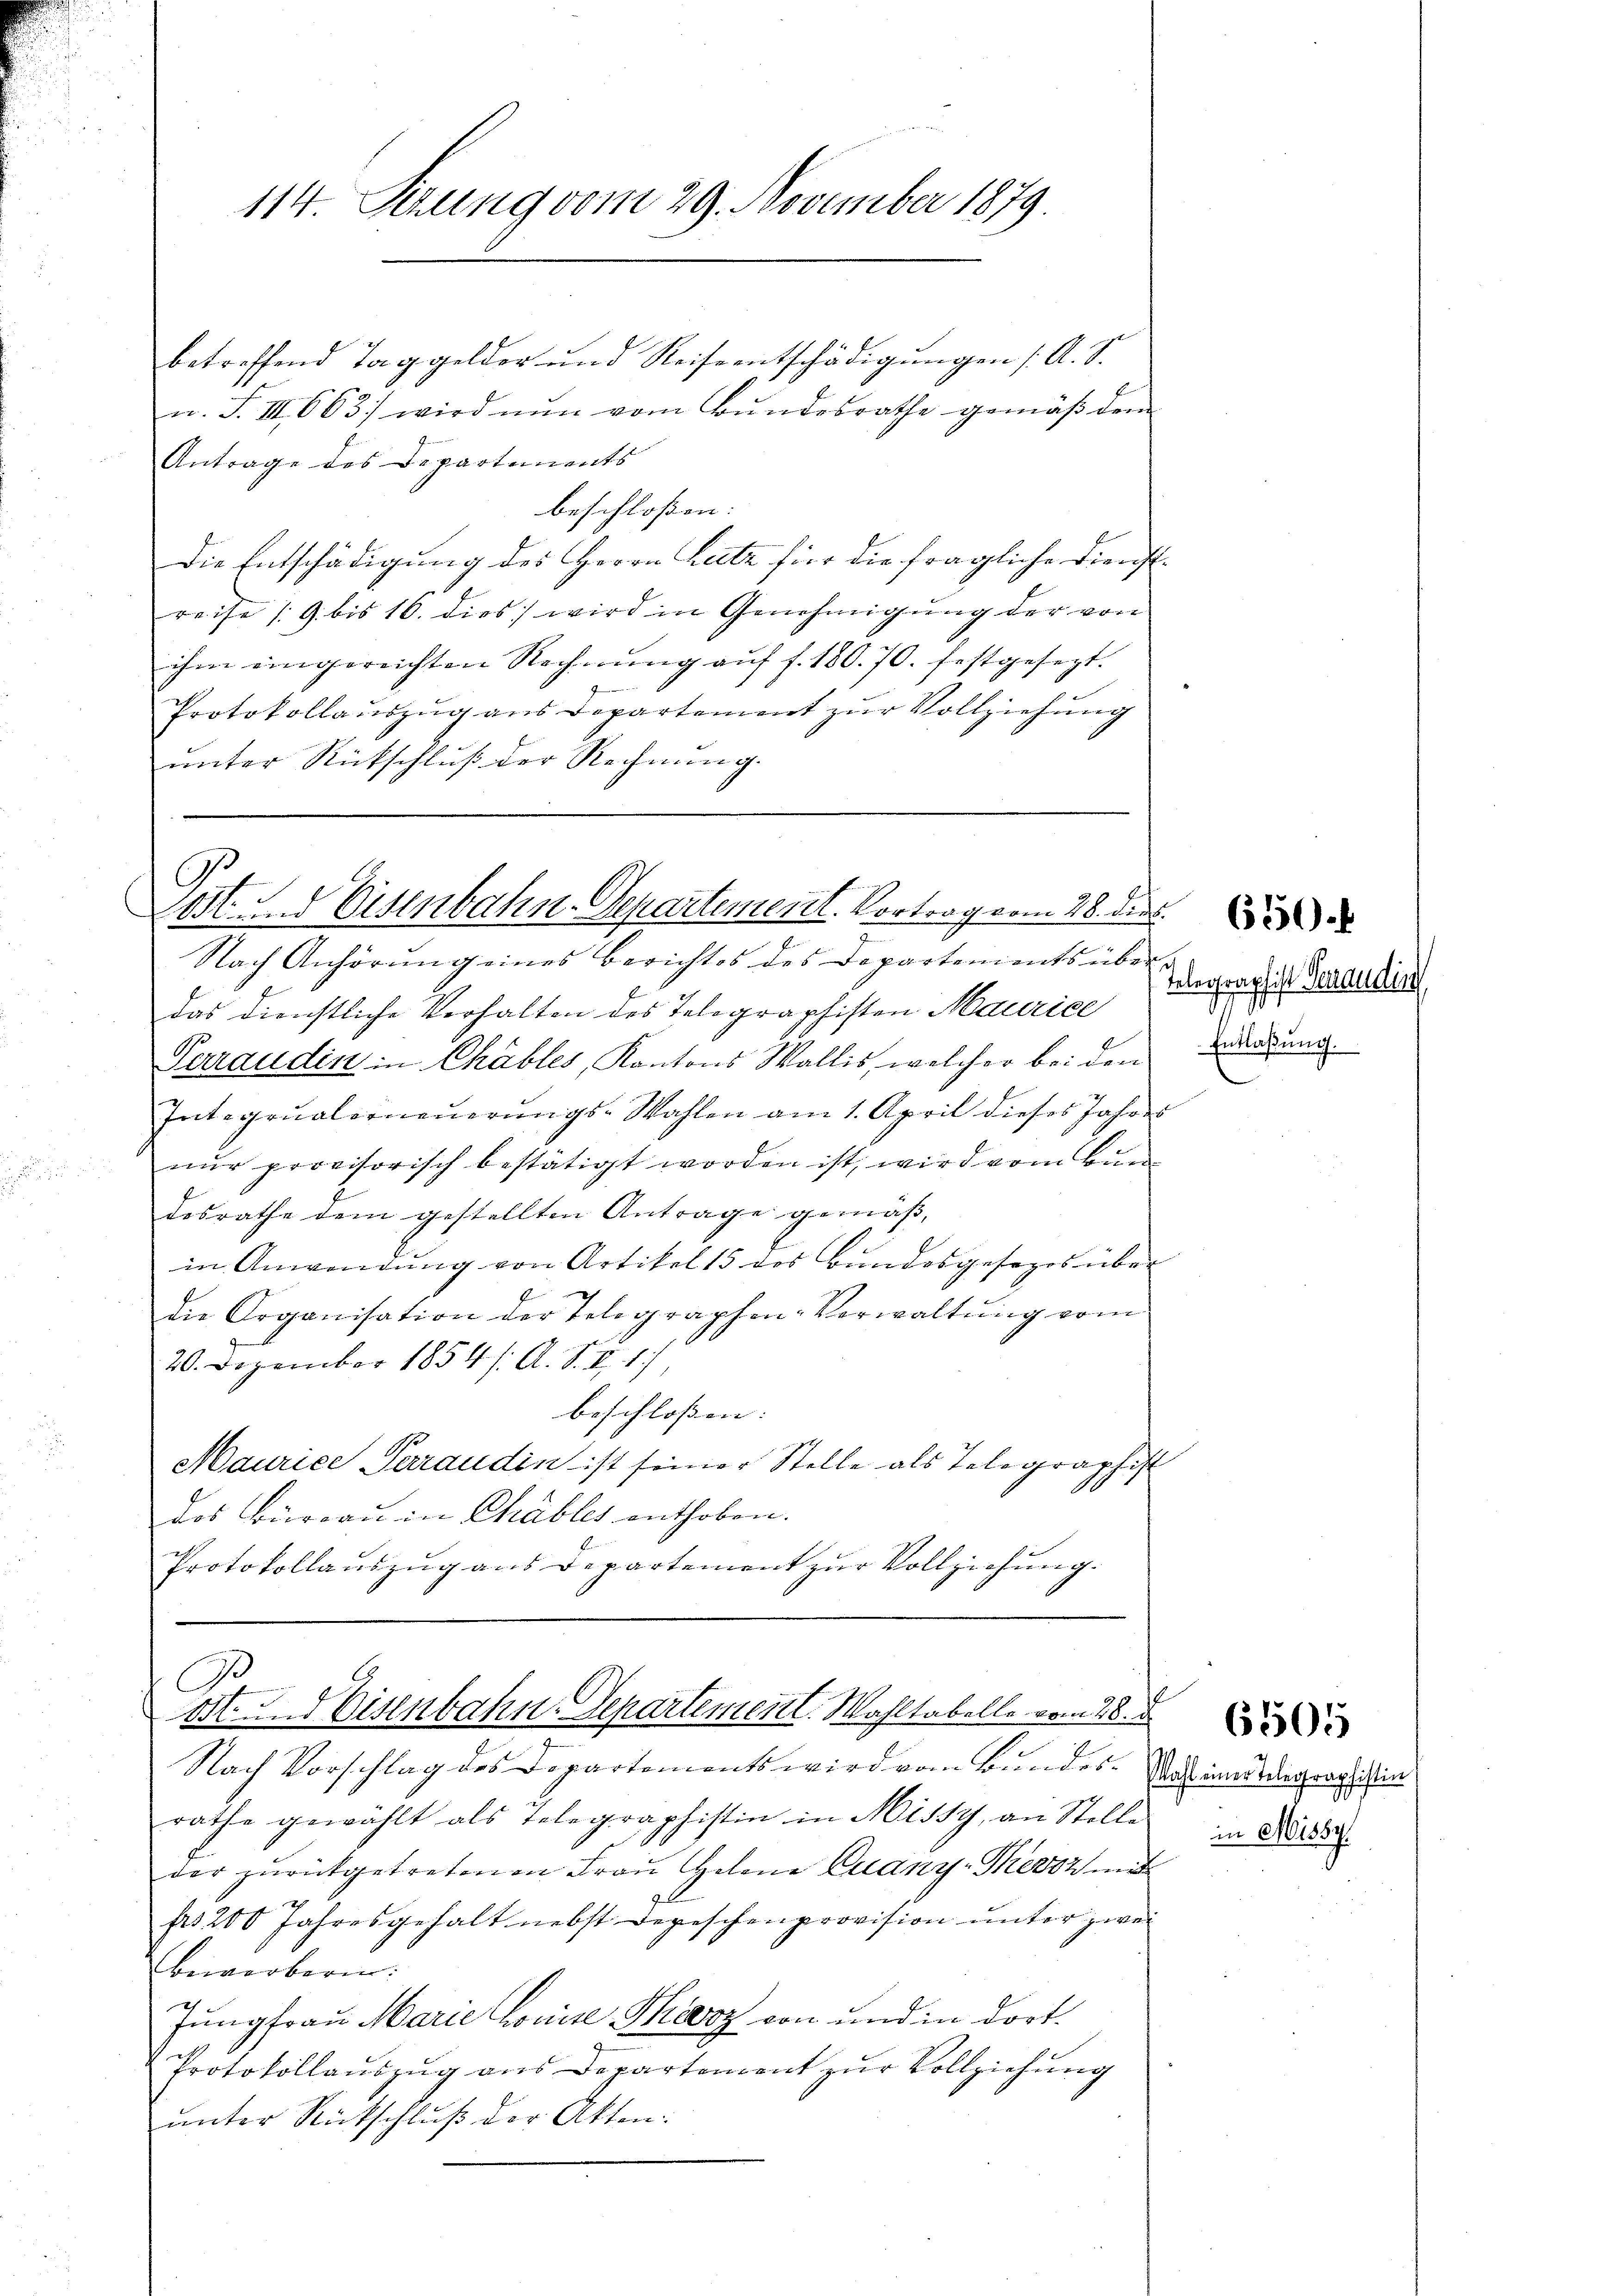
114. Sizung vom 29. November 1879.

n. F. III 663 wird nun vom Bundesrathe gemäß dem
Antrage des Departements
beschloßen:
Die Entschädigung des Herrn Lutz für die fragliche Dienstreise (9. bis 16. dies wird in Genehmigung der von
ihm eingereichten Rechnŭng aŭf f. 180. 70. festgesezt.
Protokollauszug aus Departement zur Vollziehung
unter Rückschluß der Rechnung.

betreffend Taggelder und Reiseentschädigungen [A. S.

C
Post und Eisenbahn-Separtement. Vortrag vom 18. der

Nach Anhörung eines Berichtes des Departements über
das dienstliche Verhalten des Telographisten Maurice
Paraudin in Chables, Kantons Wallis, welcher bei den
Integrŭalerneŭerŭngs-Wahlen am 1. April dieses Jahres
nŭr provisorisch bestätigt worden ist, wird vom Bundesrathe dem gestellten Antrage gemäß,
in Anwendung von Artikel 15 des Bundesgesezes über
die Organisation der Telegraphen-Verwaltung vom
20. Dezember 1854 /: A. S. V. 1)
beschloßen: |
Maurice Perraudin ist seiner Stelle als Telegraphist
A
das Büreau in Chables enthoben.
Protokollauszug aus Departement zur Vollziehung.

rathe gewählt als Telegraphistin in Missy, an Stelle
der zurückgetretenen Frau Gelene Quany-Teroz mit
x
fr 200 Jahresgehalt nebst Depeschenprovision ŭnter zwei
beworberin:
Jungfrau Marie Louise Tharz von und in dort.
Protokollauszug aus Departement zur Vollziehung
ŭnter Rückschlŭβ der Atten:

3
ost und Eisenbahn. Departement. Wahltabelle vom 28. d.
Nach Vorschlag des Departements wird vom Bundes¬

Telegraphist Genaudin
7
Entlaßung.

Pfahl einer Telegraphistin

6505

n Missy